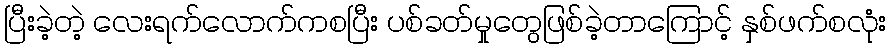
ပြီးခဲ့တဲ့ လေးရက်လောက်ကစပြီး ပစ်ခတ်မှုတွေဖြစ်ခဲ့တာကြောင့် နှစ်ဖက်စလုံး